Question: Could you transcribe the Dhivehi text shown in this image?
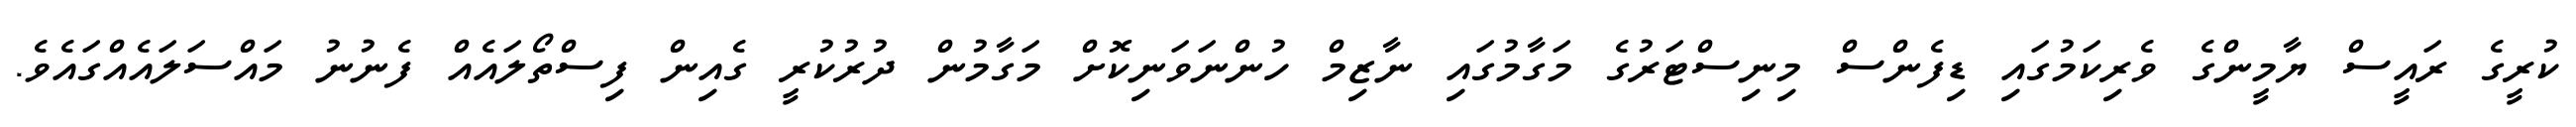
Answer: ކުރީގެ ރައީސް ޔާމީންގެ ވެރިކަމުގައި ޑިފެންސް މިނިސްޓަރުގެ މަގާމުގައި ނާޒިމް ހުންނަވަނިކޮށް މަގާމުން ދުރުކުރީ ގެއިން ފިސްތޯލައެއް ފެނުނު މައްސަލައެއްގައެވެ.